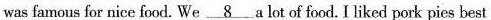
was famous for nice food. We \underline{8} a lot of food. I liked pork pies best